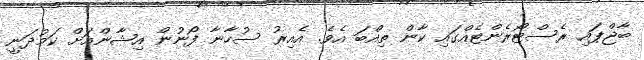
ބާޖްޕައި ރެސްޓޯރެންޓެއްގައި ކާން ތިއްބަ އެވެ. އެއިރު ސުހާނާ ފޯނުން އިޝާންއަށް ކަމުދަނީ